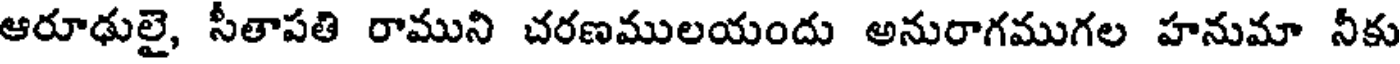
ఆరూఢులై, సీతాపతి రాముని చరణములయందు అనురాగముగల హనుమా నీకు